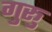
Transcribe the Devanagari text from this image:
गुरूु